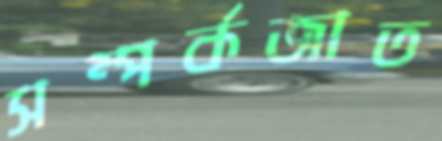
সম্পর্কজাত